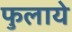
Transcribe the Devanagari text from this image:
फुलाये